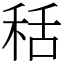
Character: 秳